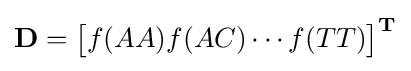
\mathbf {D} ={\begin{bmatrix}f(AA)f(AC)\cdots f(TT)\end{bmatrix}}^{\mathbf {T} }